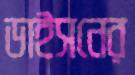
ডাইসনের